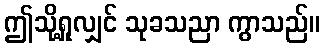
ဤသို့ရှုလျှင် သုခသညာ ကွာသည်။